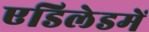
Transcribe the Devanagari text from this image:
एडिलेडमें